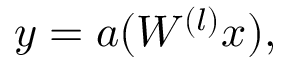
y = a ( W ^ { ( l ) } x ) ,